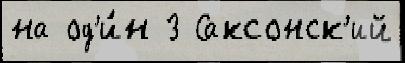
на од'и́н 3 Саксонск'ий